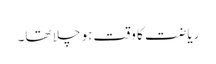
ریاضت کا وقت ہو چلا تھا۔